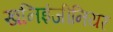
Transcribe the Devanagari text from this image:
खनिइंजीनियर